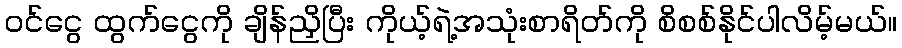
ဝင်ငွေ ထွက်ငွေကို ချိန်ညှိပြီး ကိုယ့်ရဲ့အသုံးစာရိတ်ကို စိစစ်နိုင်ပါလိမ့်မယ်။